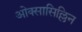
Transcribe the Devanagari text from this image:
ओक्सासिल्लिन